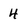
Character: 4